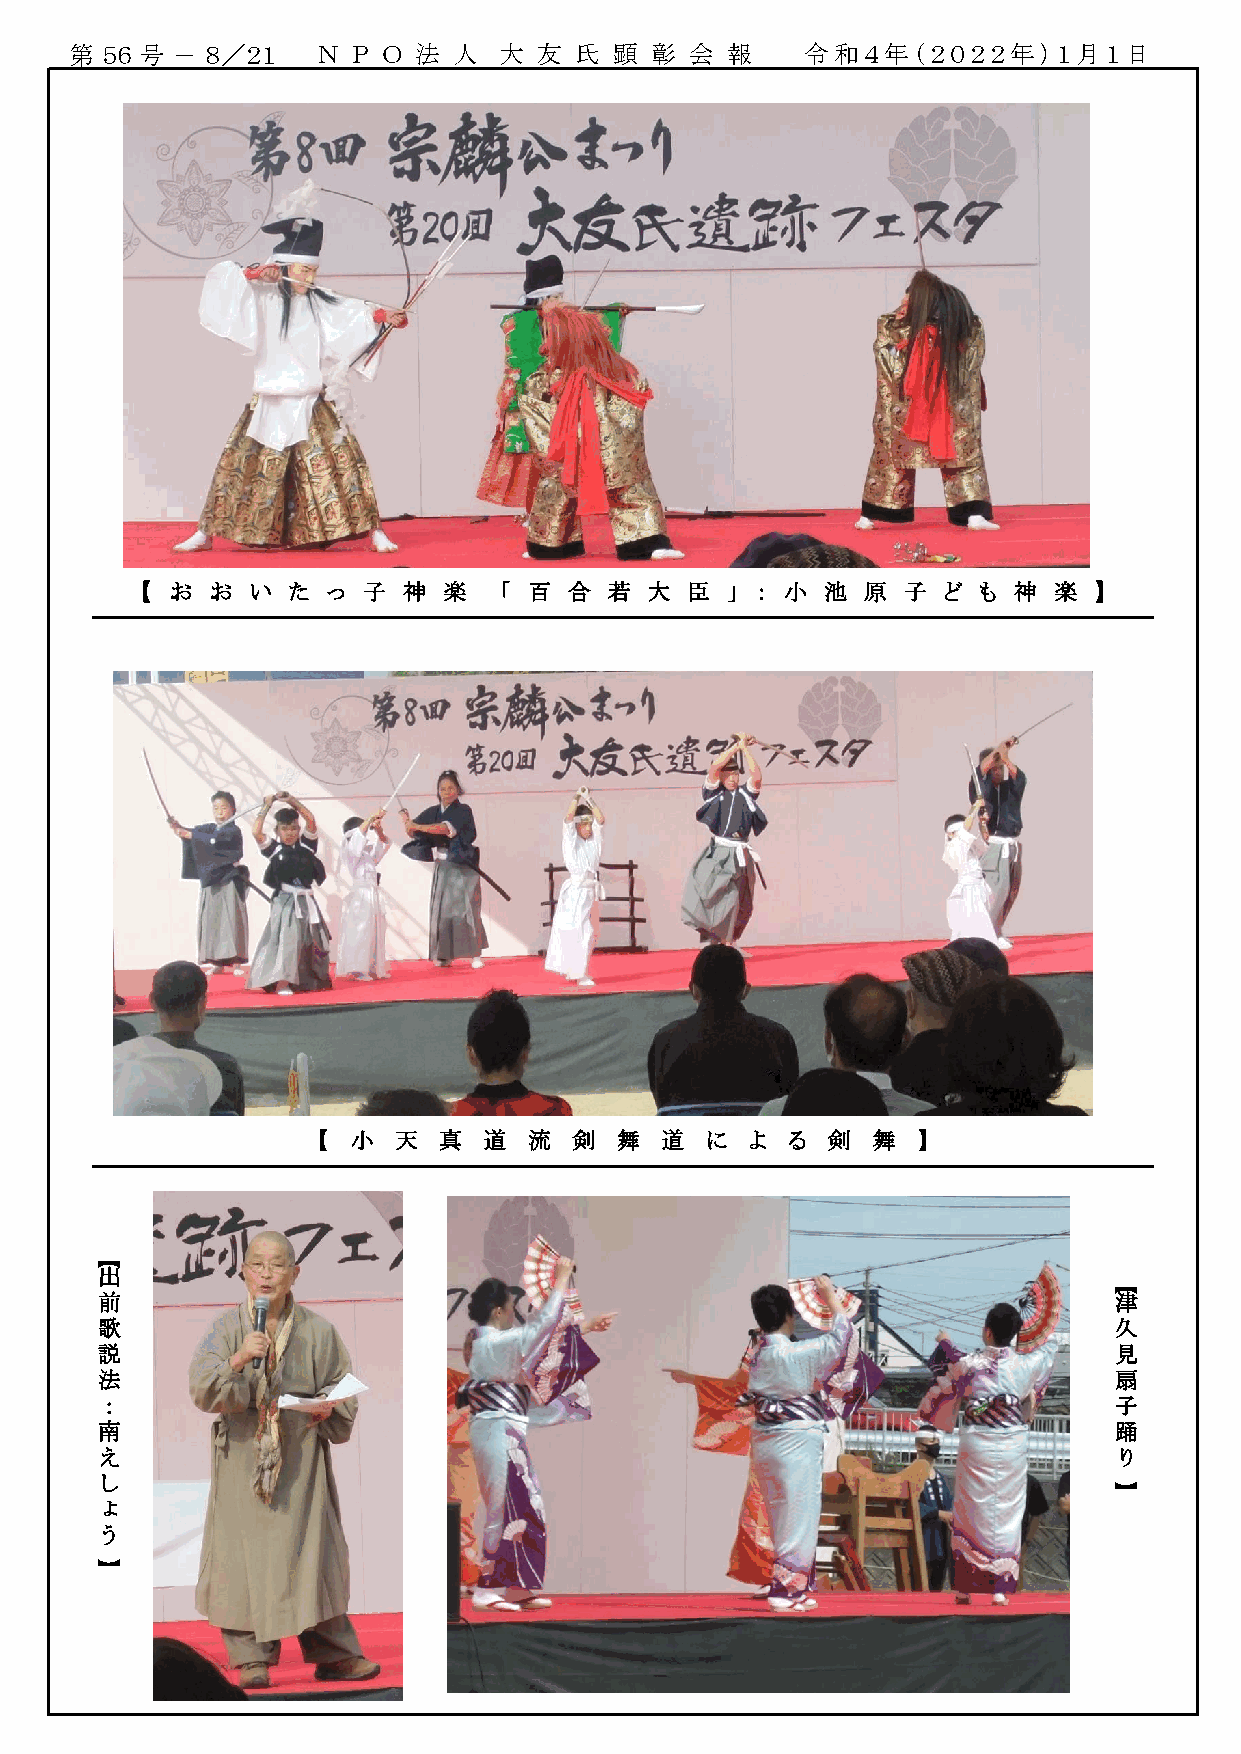
第 ５６ 号 － ８／２１   Ｎ Ｐ Ｏ 法  人  大  友 氏  顕 彰  会 報    令和４年（２０２２年）１月１日
 【 お  お  い た  っ 子  神 楽   「 百  合 若  大 臣  」 ： 小  池 原  子 ど  も 神  楽 】
 【 小  天  真  道  流  剣  舞  道  に  よ る  剣  舞  】
 【
 出
 【
 前                                                                   津
 歌                                                                   久
 説                                                                   見
 法                                                                   扇
 ：                                                                  子
 南                                                                   踊
 え                                                                  り
 し
 】
 ょ
 う
 】